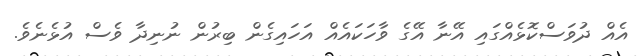
އެއް ދުވަސްކޮޅެއްގައި އޭނާ އޭގެ ވާހަކައެއް އަހައިގެން ބިރުން ނުނިދާ ވެސް އުޅެނެވެ.